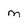
Character: m